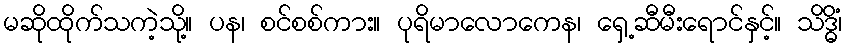
မဆိုထိုက်သကဲ့သို့။ ပန၊ စင်စစ်ကား။ ပုရိမာလောကေန၊ ရှေ့ဆီမီးရောင်နှင့်။ သိဒ္ဓိံ၊